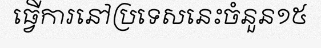
ធ្វើការនៅប្រទេសនេះចំនួន១៥